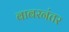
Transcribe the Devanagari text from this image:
बाबरनंतर